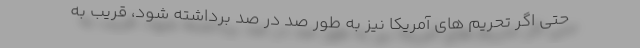
حتی اگر تحریم های آمریکا نیز به طور صد در صد برداشته شود، قریب به